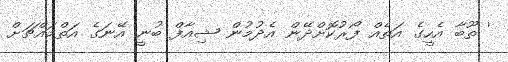
' ތޫބާ އެހީގެ އަތެއް ފޯރުކޮށްދޭން އެދުމުން ޝިއާފް ބުނީ އޭނަގެ އަތްމައްޗަށް